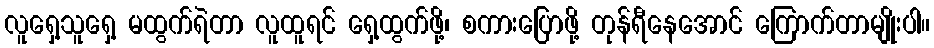
လူရှေ့သူရှေ့ မထွက်ရဲတာ လူထူရင် ရှေ့ထွက်ဖို့၊ စကားပြောဖို့ တုန်ရီနေအောင် ကြောက်တာမျိုးပါ။